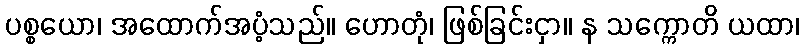
ပစ္စယော၊ အထောက်အပံ့သည်။ ဟောတုံ၊ ဖြစ်ခြင်းငှာ။ န သက္ကောတိ ယထာ၊